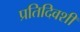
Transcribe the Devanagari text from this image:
प्रतिदिवशीं